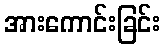
အားကောင်းခြင်း